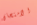
الامتحان